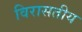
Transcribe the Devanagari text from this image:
विरासतीय